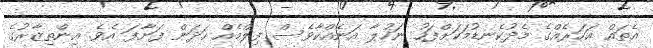
އެތައް އަހަރެއްގެ މެދުކެނޑުމަކަށްފަހު ނަހުލާ އަނެއްކާވެސް ފިލްމެއް ހަދަން ފަށާފަ އެވެ. އިންތިޒާރުގެ